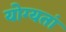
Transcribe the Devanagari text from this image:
योग्यतां